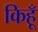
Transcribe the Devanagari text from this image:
किहूँ